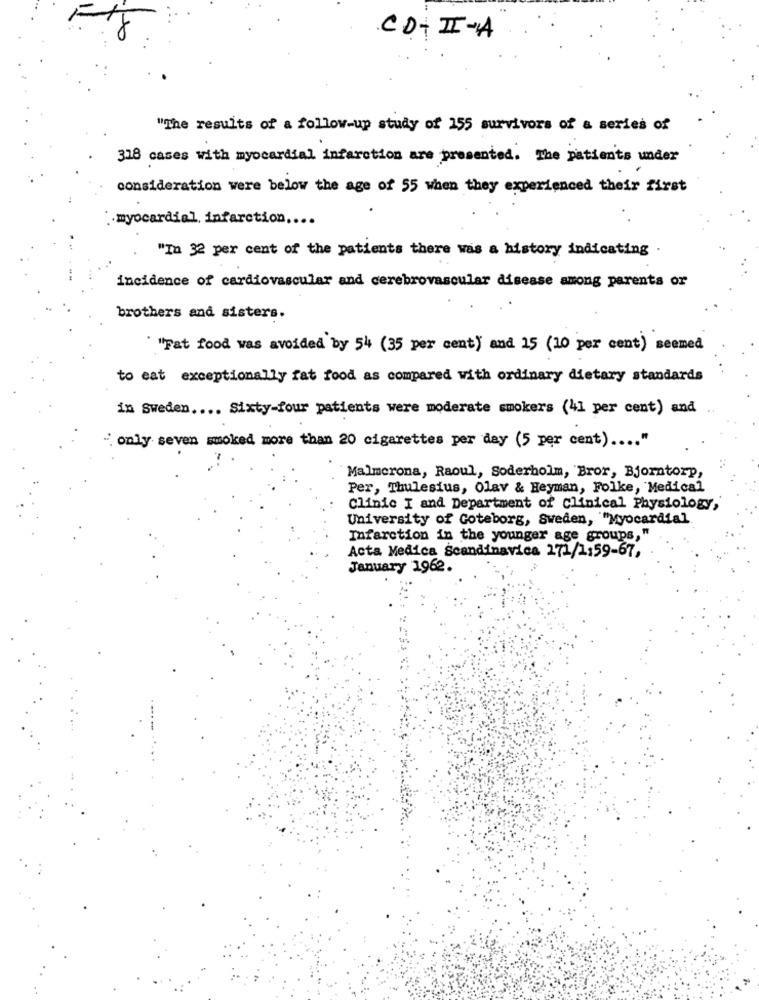
CD+II-A
"The results of a follow-up study of 155 survivors of a series of
318 cases with myocardial infarction are presented. The patients under
consideration were below the age of 55 when they experienced their first
: myocardial infarction ....
"In 32 per cent of the patients there was a history indicating .
incidence of cardiovascular and cerebrovascular disease among parents or
brothers and sisters.
"Fat food was avoided by 54 (35 per cent) and 15 (10 per cent) seemed
to eat exceptionally fat food as compared with ordinary dietary standards
in Sweden .... Sixty-four patients were moderate smokers (41 per cent) and
only seven smoked more than 20 cigarettes per day (5 per cent) .... "
Malmcrona, Raoul, Soderholm, Bror, Bjorntorp,
Per, Thulesius, Olav & Heyman, Folke, Medical
Clinic I and Department of Clinical Physiology,
University of Goteborg, Sweden, "Myocardial
Infarction in the younger age groups, "
Acta Medica Scandinavica 271/1:59-67,
January 1962.